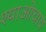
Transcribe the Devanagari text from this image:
श्याओचाय